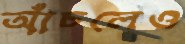
আঁচলেও